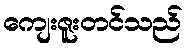
ကျေးဇူးတင်သည်